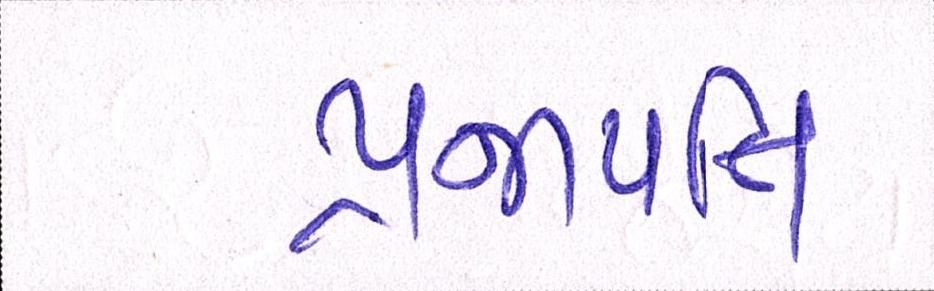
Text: પ્રજાપતિ